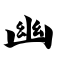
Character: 幽